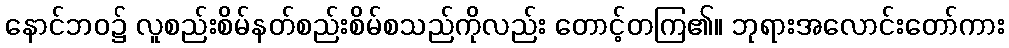
နောင်ဘဝ၌ လူစည်းစိမ်နတ်စည်းစိမ်စသည်ကိုလည်း တောင့်တကြ၏။ ဘုရားအလောင်းတော်ကား